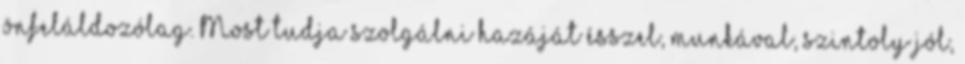
önfeláldozólag. Most tudja szolgálni hazáját ésszel, munkával, szintoly jól,